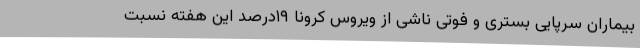
بیماران سرپایی بستری و فوتی ناشی از ویروس کرونا ١٩درصد این هفته نسبت